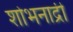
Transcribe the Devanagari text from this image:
शोभनाद्री